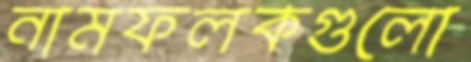
নামফলকগুলো